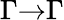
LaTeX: \Gamma{\to}\Gamma